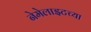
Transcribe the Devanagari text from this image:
नेमेलाइटच्या